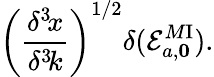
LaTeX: \left({\frac{\delta^{3}\! x}{\delta^{3}\! k}}\right)^{1/2}\delta({\cal E}_{a,\mathbf 0}^{M\mathrm{I}}).